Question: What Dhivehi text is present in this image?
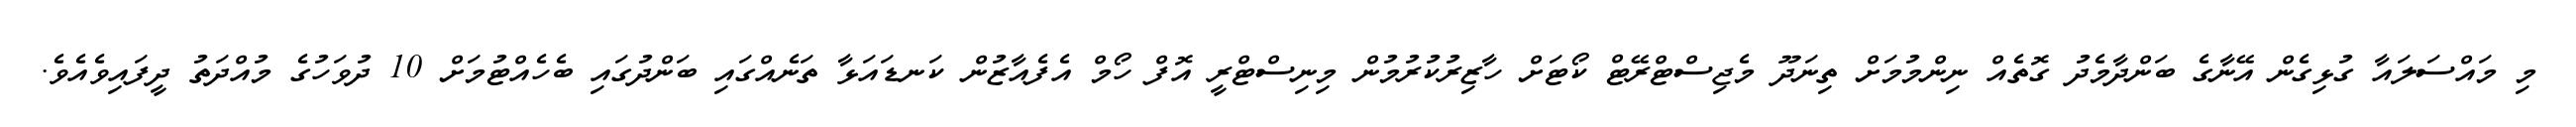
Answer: މި މައްސަލައާ ގުޅިގެން އޭނާގެ ބަންދާމެދު ގޮތެއް ނިންމުމަށް ތިނަދޫ މެޖިސްޓްރޭޓް ކޯޓަށް ހާޒިރުކުރުމުން މިނިސްޓްރީ އޮފް ހޯމް އެފެއާޒުން ކަނޑައަޅާ ތަނެއްގައި ބަންދުގައި ބެހެއްޓުމަށް 10 ދުވަހުގެ މުއްދަތު ދީފައިވެއެވެ.